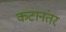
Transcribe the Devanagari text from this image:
कटानंतर